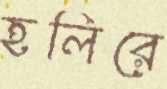
হলিরে